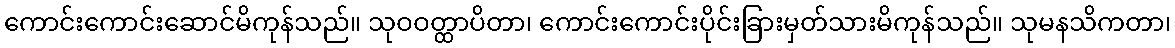
ကောင်းကောင်းဆောင်မိကုန်သည်။ သုဝဝတ္ထာပိတာ၊ ကောင်းကောင်းပိုင်းခြားမှတ်သားမိကုန်သည်။ သုမနသိကတာ၊